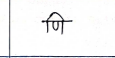
मजकूर: णि